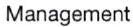
Management